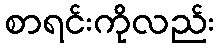
စာရင်းကိုလည်း